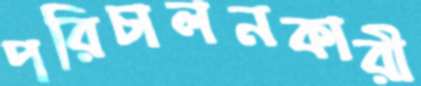
পরিচালনকারী